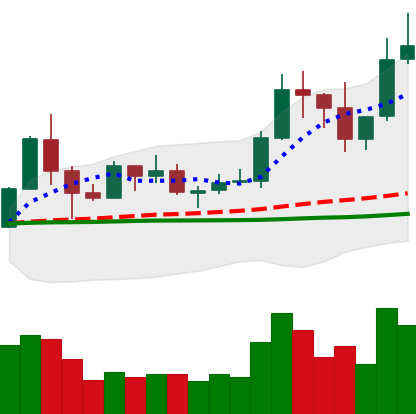
Ticker: TRX-USD
Chart end date: 2019-06-02
Forward return: -11.908%
Label: down_7plus